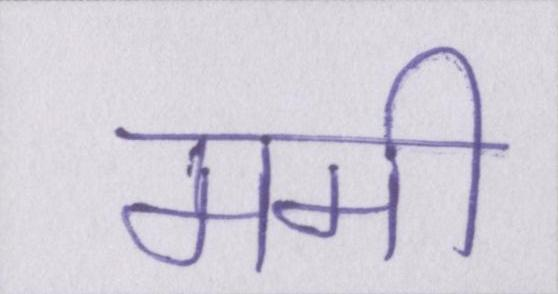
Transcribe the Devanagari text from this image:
ममी